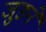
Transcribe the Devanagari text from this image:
जुङने